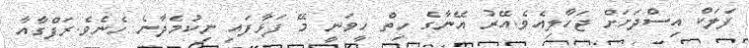
ފަލަކް އިސްދަށަށް ޖަހާލިއެވެ.އޭރު އޭނާގެ ހިތް ހީވަނީ މޭ ފަޅާފައި ނިކުމެދާނެ ހެނެވެ.ރަފްގާއާ